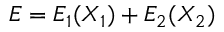
E = E _ { 1 } ( X _ { 1 } ) + E _ { 2 } ( X _ { 2 } )